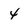
Character: 4